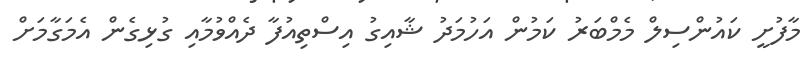
މާފުށީ ކައުންސިލް މެމްބަރު ކަމުން އަހުމަދު ޝާއިގު އިސްތިއުފާ ދެއްވުމާއި ގުޅިގެން އެމަގާމަށް